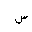
Letter: _sin